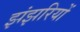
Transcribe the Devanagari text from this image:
झंझरियों